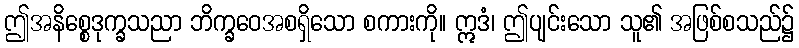
ဤအနိစ္စေဒုက္ခသညာ ဘိက္ခဝေအစရှိသော စကားကို။ ဣဒံ၊ ဤပျင်းသော သူ၏ အဖြစ်စသည်၌